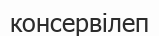
консервілеп